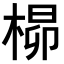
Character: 𪲺